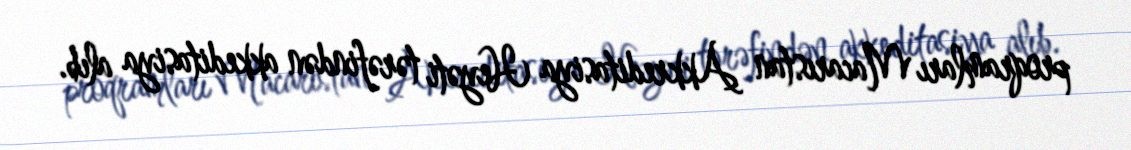
proqramları Macarıstan Akkreditasiya Heyəti tərəfindən akkeditasiya alıb.